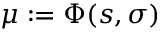
\mu : = \Phi ( s , \sigma )